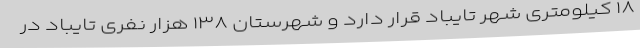
۱۸ کیلومتری شهر تایباد قرار دارد و شهرستان ۱۳۸ هزار نفری تایباد در